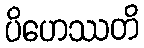
ပိဟေဿတိ